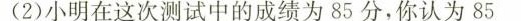
(2)小明在这次测试中的成绩为85分，你认为85